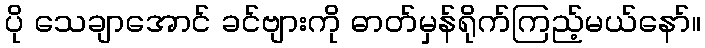
ပို သေချာအောင် ခင်ဗျားကို ဓာတ်မှန်ရိုက်ကြည့်မယ်နော်။